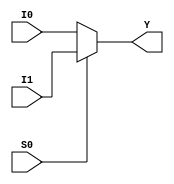
module mux_gate1(S0,I0,I1,Y);
input S0,I0,I1;
output Y;
assign Y=S0 ? I1:I0;
endmodule